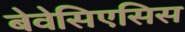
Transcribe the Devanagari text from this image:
बेवेसिएसिस